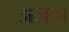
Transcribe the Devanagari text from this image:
अजा़ब